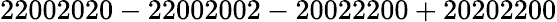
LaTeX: \mathrm{22002020-22002002-20022200+20202200}